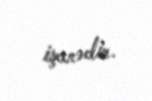
işarədir.